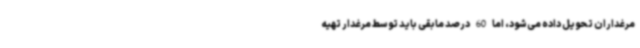
مرغداران تحویل داده می‌شود، اما 60 درصد مابقی باید توسط مرغدار تهیه